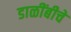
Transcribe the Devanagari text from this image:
डाळींबीचे